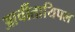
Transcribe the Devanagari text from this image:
आर्चीतायिपल